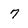
Character: 7